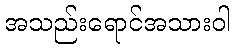
အသည်းရောင်အသားဝါ